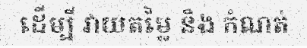
ដើម្បី វាយតម្លៃ និង កំណត់